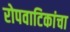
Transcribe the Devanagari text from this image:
रोपवाटिकांचा